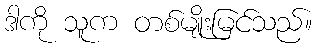
ဒါကို သူက တစ်မျိုးမြင်သည်။